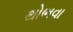
થોભવા